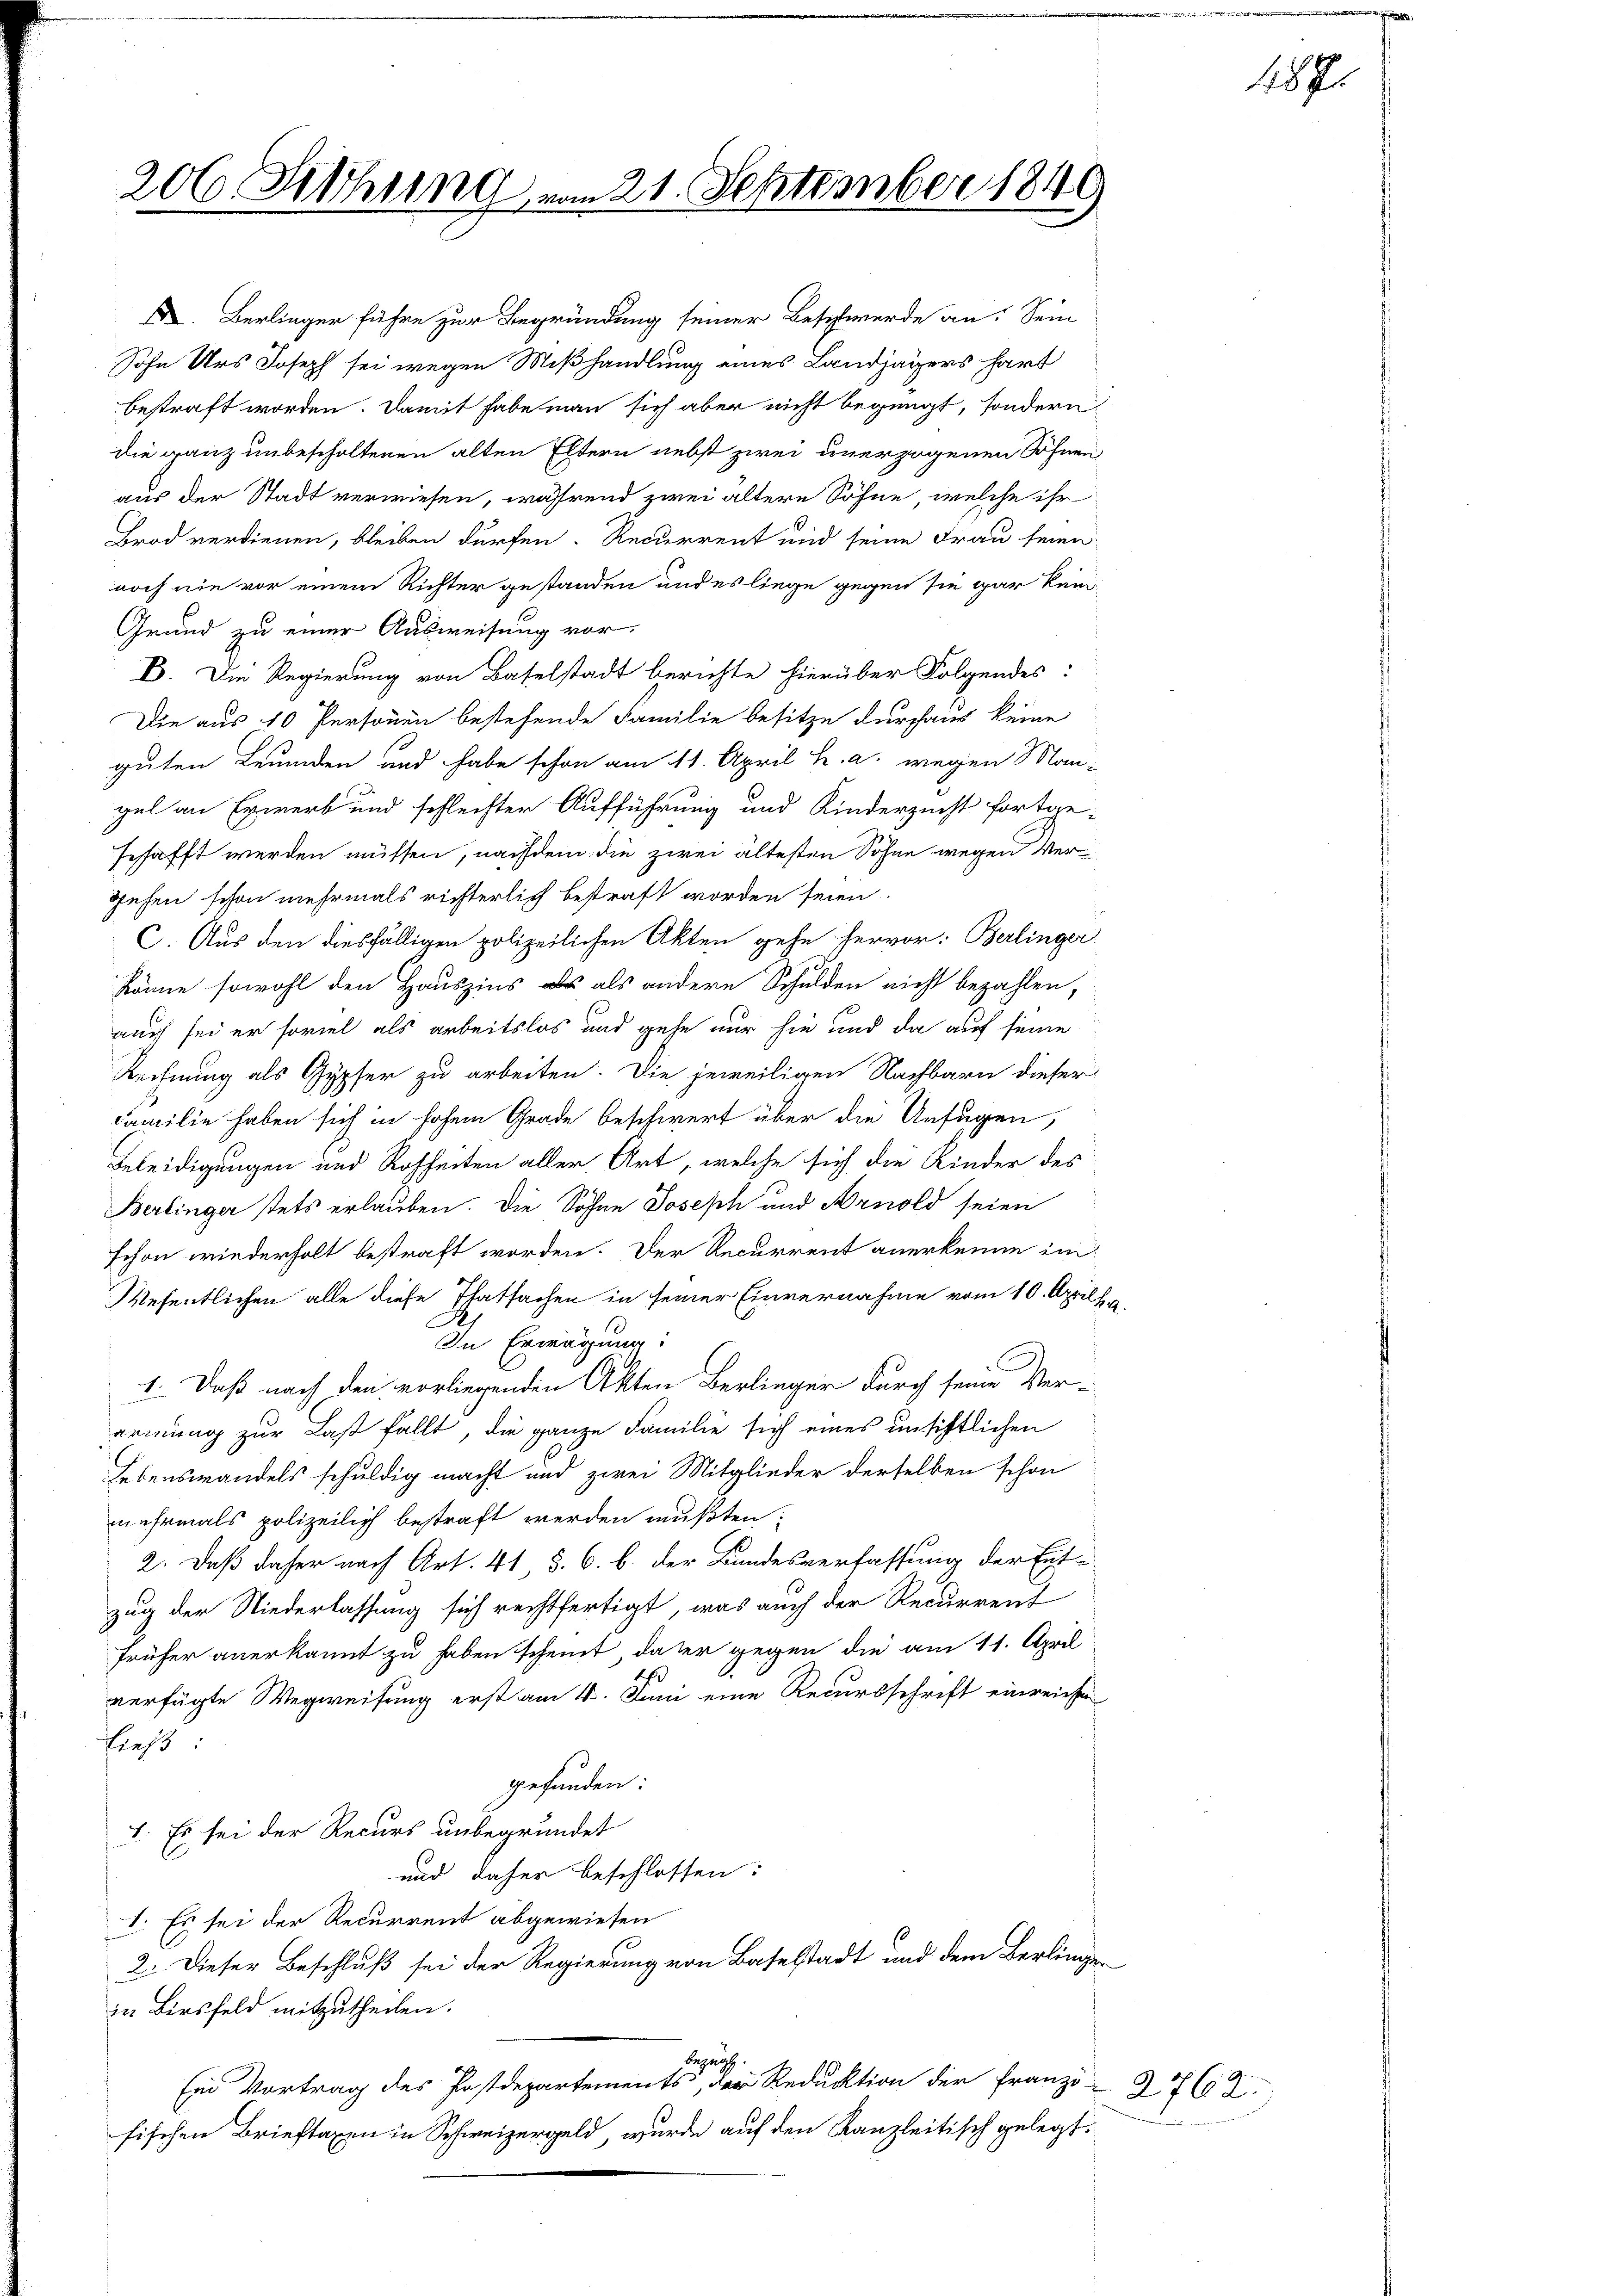
206 Sethung vom 21. September 1840
u

D. Berlinger führe zur Begründung seiner Beschwerde an. Sein
Sohn Urs Joseph sei wegen Mißhandlung eines Landjägers hart
bestraft worden. Damit habe man sich aber nicht begnügt, sondern
die ganz unbescholtenen alten Eltern nebst zwei unerzogenen Söhnen
aus der Stadt verwiesen, während zwei ältere Söhne, welche ihr
Brod verdienen, bleiben dürfen. Recurrent und seine Frau seien
noch nie vor einem Richter gestanden und es liege gegen sie gar kein¬
Grund zu einer Ausweisung vor,
B. Die Regierung von Baselstadt berichte hierüber Folgendes:
Die aus 10 Personen bestehende Familie besitze durchaus keine
guten Leumden und habe schon am 11. April h. a. wegen Man-
gel an Erwerb und schlechter Aufführung und Kinderzucht fortgesehafft werden müssen, nachdem die zwei ältesten Sohne wegen Vergehen schon mehrmals richterlich bestraft worden seien.
C. Aus den diesfälligen polizeilichen Akten gehe hervor: Berlinger
könne sowohl den Hauszins als als andere Schulden nicht bezahlen,
auch sei er soviel als arbeitslos und gehe nur sie und da auf seine
Rechnung als Gypfer zu arbeiten. Die jeweiligen Nachbarn dieser
Familie haben sich in hohem Grade beschwert über die Unfugen,
Beleidigungen und Rohheiten aller Art, welche sich die Kinder des
Berlinger stets erlauben. Die Sohne Joseph und Arnold seien
schon wiederholt bestraft worden. Der Recurrent anerkenne im
Wesentlichen alle diese Thatsachen in seiner Einvernahme vom 10. April
In Erwägung:
1. Daß nach den vorliegenden Akten Berlinger durch seine Ver-
armung zur Last fällt, die ganze Familie sich eines unsichtlichen
Lebenswandels schuldig macht und zwei Mitglieder derselben schon
mehrmals polizeilich bestraft werden mußten;
2. Daß daher nach Art. 41 §. 6. b. der Bandesverfassung der Ent-
zug der Niederlassung sich rechtfertigt, was auch der Recurrent
früher anerkannt zu haben scheint, daher gegen die am 11. April
verfügte Wegweisung erst am 4. Juni eine Recursschrift einreiche
ließt:
gefunden:
I. Es sei der Recurs unbegründet
und daher beschlossen:
I. Es sei der Recurrent abgewiesen
2. Dieser Beschluß sei der Regierung von Baselstadt und dem Berlingen
in Birsfeld mitzutheilen.
begnüg
Ein Vortrag des Postdepartements, der Reduktion der Franz 27662.
fischen Brieftaxen in Schweizergeld, wurde auf den Kanzleitisch gelegt.

2.

187